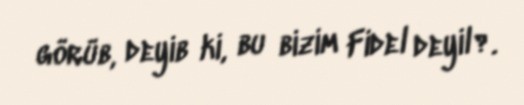
görüb, deyib ki, bu bizim Fidel deyil?.